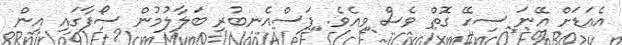
އެއަޑަށް އޭނަ ސިހޭ ގޮތް ވެސް ވިއެވެ. ފަސްއެނބުރި ބަލާލުމުން ސޯފާގައި އިން